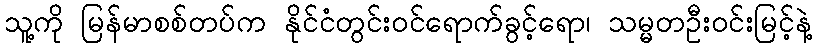
သူ့ကို မြန်မာစစ်တပ်က နိုင်ငံတွင်းဝင်ရောက်ခွင့်ရော၊ သမ္မတဦးဝင်းမြင့်နဲ့